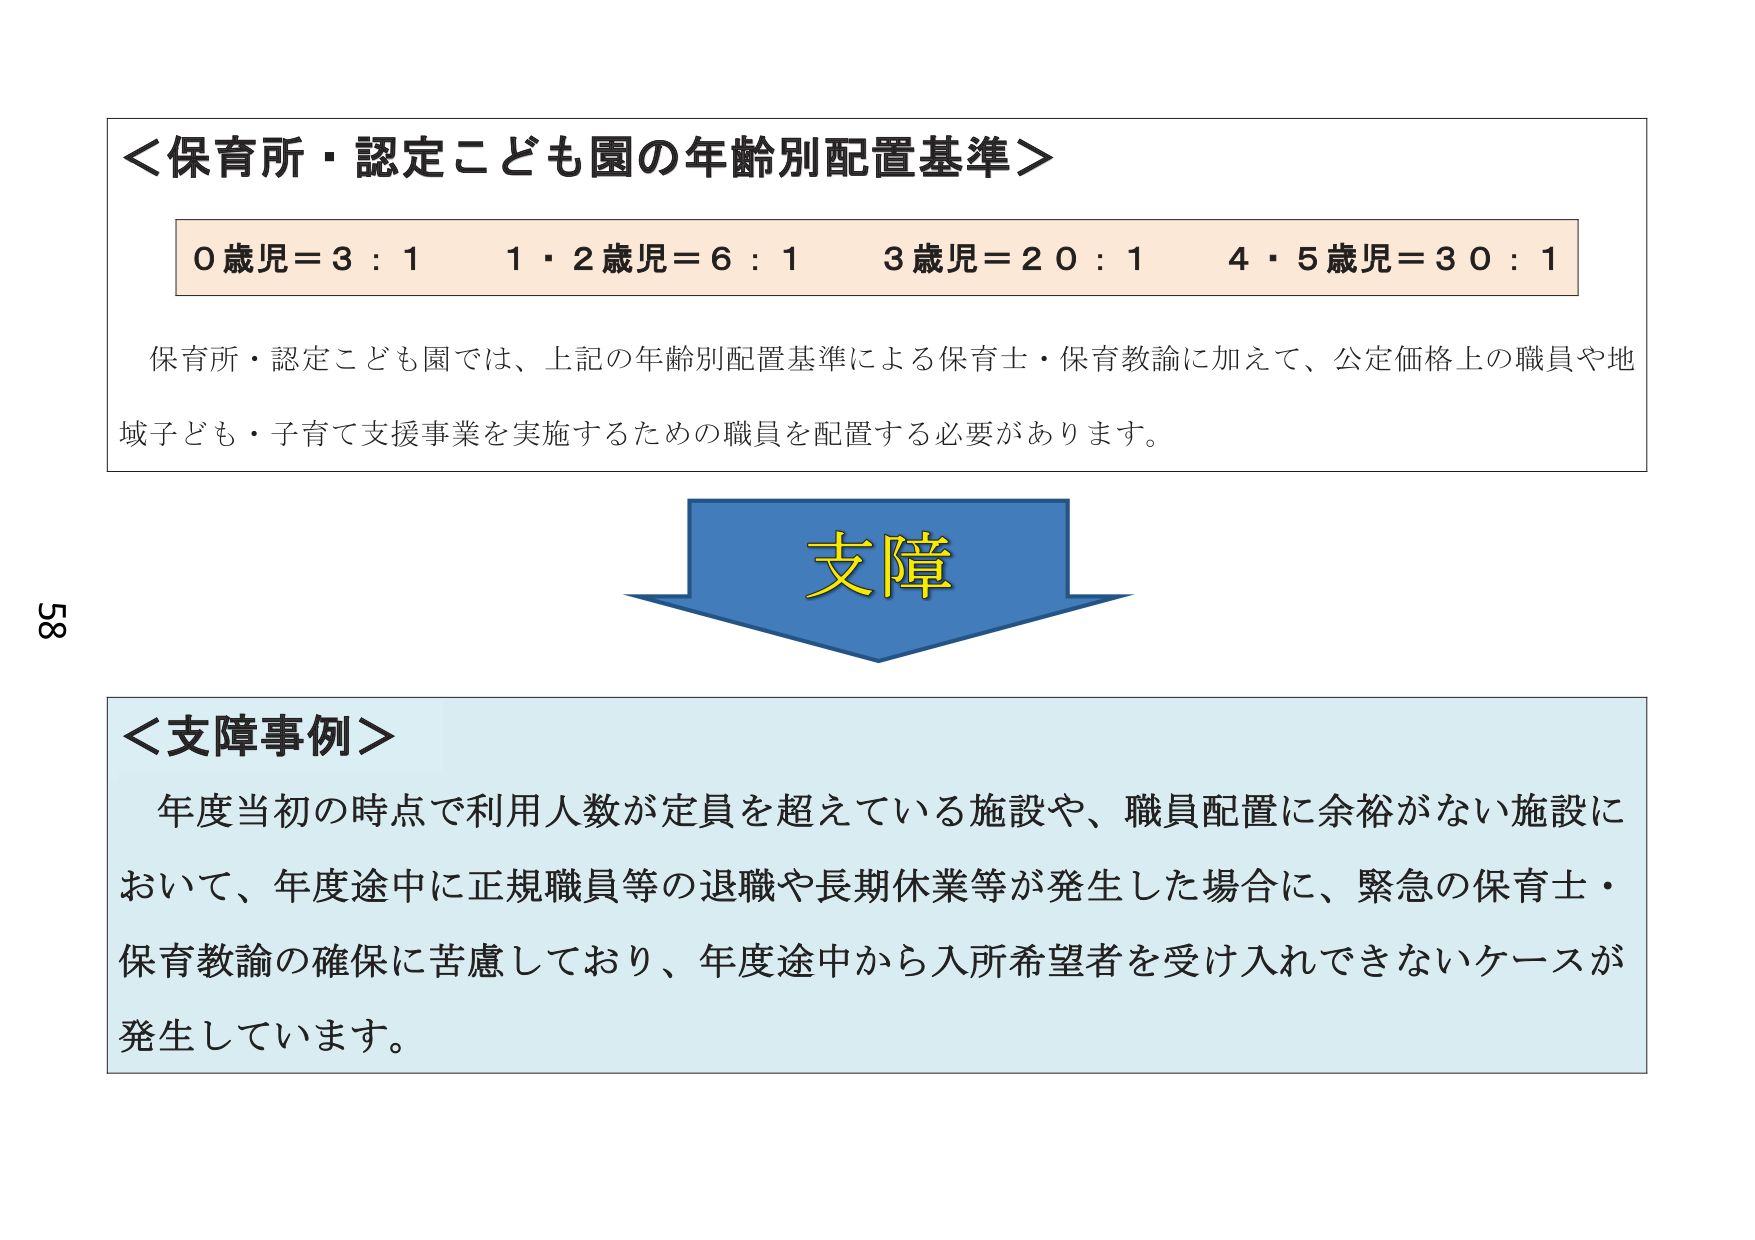
＜保育所・認定こども園の年齢別配置基準＞
0歳児＝3：1　1・2歳児＝6：1　3歳児＝20：1　4・5歳児＝30：1
保育所・認定こども園では、上記の年齢別配置基準による保育士・保育教諭に加えて、公定価格上の職員や地域子ども・子育て支援事業を実施するための職員を配置する必要があります。

支障

＜支障事例＞
年度当初の時点で利用人数が定員をを超えている施設や、職員配置に余裕がない施設において、年度途中に正規職員等の退職や長期休業等が発生した場合に、緊急の保育士・保育教諭の確保に苦慮しており、年度途中から入所希望者を受け入れできないケースが発生しています。

58